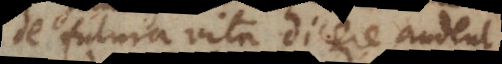
de futura vita dicere audent